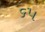
૬૫